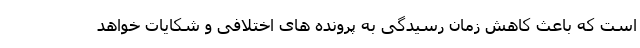
است که باعث کاهش زمان رسیدگی به پرونده های اختلافی و شکایات خواهد